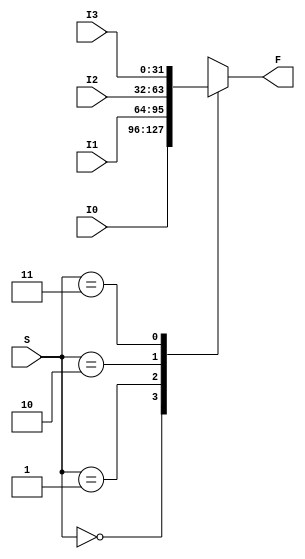
module mux4to1_32bit(F, S, I0, I1, I2, I3);
	input [31:0] I0, I1, I2, I3;
	input [1:0] S;
	output reg [31:0] F;
	always @(*) begin
		case(S)
			2'b00: F <= I0;
			2'b01: F <= I1;
			2'b10: F <= I2;
			2'b11: F <= I3;
			default:F <= I0;
		endcase
	end
endmodule